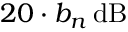
2 0 \cdot b _ { n } \, \mathrm { d B }